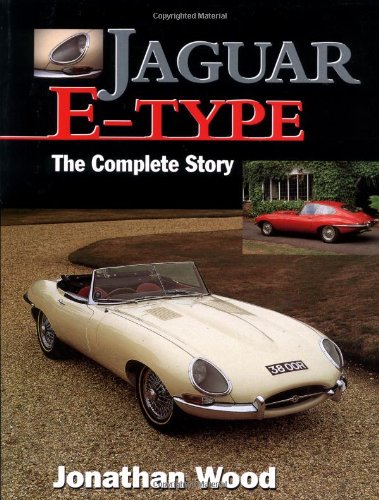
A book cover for Jaguar E-Type: The Complete Story; Jonathan Wood; Engineering & Transportation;